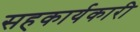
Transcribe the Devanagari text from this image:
सहकार्यकारी